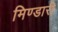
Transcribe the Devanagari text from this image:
मिण्डारी